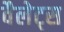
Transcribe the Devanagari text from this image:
वैलेट्स